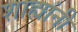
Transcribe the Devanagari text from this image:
शाह्यांनी